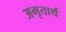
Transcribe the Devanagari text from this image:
अमृतार्थं